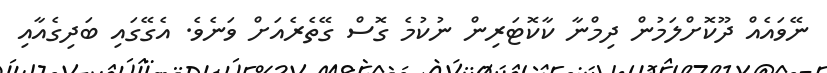
ނޭވައެއް ދޫކޮށްލަމުން ދިމްނާ ކާކޮޓަރިން ނުކުމެ ގޮސް ގޭތެރެއަށް ވަނެވެ. އެގޭގައި ބަދިގެއާއި